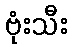
ဗုံးသီး